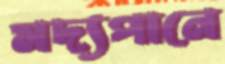
মদ্যপানে